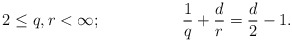
\begin{align*} &2 \leq q, r < \infty;& &\frac{1}{q} + \frac{d}{r} = \frac{d}{2} - 1.&\end{align*}